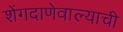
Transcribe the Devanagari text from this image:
शेंगदाणेवाल्याची